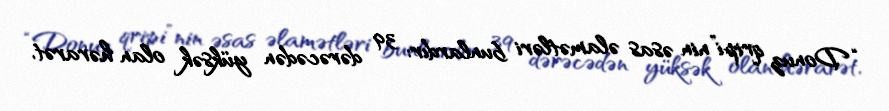
“Donuz qripi”nin əsas əlamətləri bunlardır: 39 dərəcədən yüksək olan hərarət,